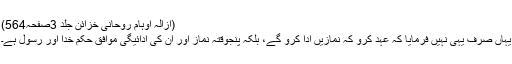
(ازالہ اوہام روحانی خزائن جلد 3صفحہ564)
یہاں صرف یہی نہیں فرمایا کہ عہد کرو کہ نمازیں ادا کرو گے، بلکہ پنجوقتہ نماز اور ان کی ادائیگی موافق حکم خدا اور رسول ہے۔